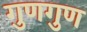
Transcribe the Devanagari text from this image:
गुणगुण